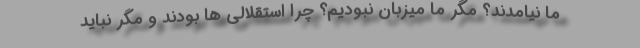
ما نیامدند؟ مگر ما میزبان نبودیم؟ چرا استقلالی ها بودند و مگر نباید